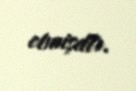
etmişdir.